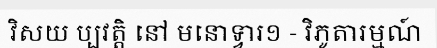
វិសយ ប្បវត្តិ នៅ មនោទ្វារ១ - វិភូតារម្មណ៍